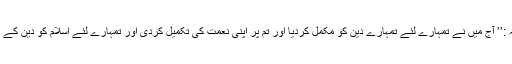
ارشاد الٰہی ہے ، ترجمہ :’’ آج میں نے تمہارے لئے تمہارے دین کو مکمل کردیا اور تم پر اپنی نعمت کی تکمیل کردی اور تمہارے لئے اسلام کو دین کے طورپر راضی ہوگیا‘‘ ۔